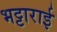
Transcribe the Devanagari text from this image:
भट्टाराई